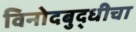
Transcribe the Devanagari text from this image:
विनोदबुद्धीचा